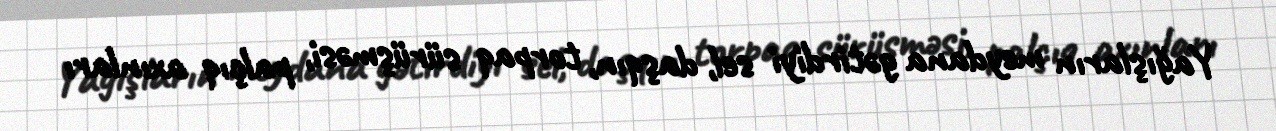
Yağışların meydana gətirdiyi sel, daşqın, torpaq sürüşməsi, palçıq axınları